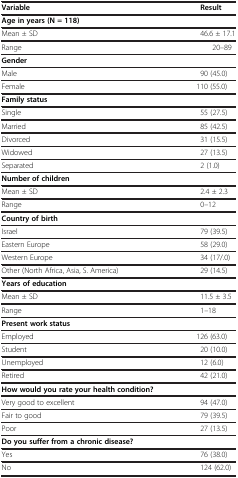
| Variable | Result |
 | --- | --- |
 | <COLSPAN=2> Age in years (N = 118) |
 | Mean ± SD | 46.6 ± 17.1 |
 | Range | 20–89 |
 | <COLSPAN=2> Gender |
 | Male | 90 (45.0) |
 | Female | 110 (55.0) |
 | <COLSPAN=2> Family status |
 | Single | 55 (27.5) |
 | Married | 85 (42.5) |
 | Divorced | 31 (15.5) |
 | Widowed | 27 (13.5) |
 | Separated | 2 (1.0) |
 | <COLSPAN=2> Number of children |
 | Mean ± SD | 2.4 ± 2.3 |
 | Range | 0–12 |
 | <COLSPAN=2> Country of birth |
 | Israel | 79 (39.5) |
 | Eastern Europe | 58 (29.0) |
 | Western Europe | 34 (17/.0) |
 | Other (North Africa, Asia, S. America) | 29 (14.5) |
 | <COLSPAN=2> Years of education |
 | Mean ± SD | 11.5 ± 3.5 |
 | Range | 1–18 |
 | <COLSPAN=2> Present work status |
 | Employed | 126 (63.0) |
 | Student | 20 (10.0) |
 | Unemployed | 12 (6.0) |
 | Retired | 42 (21.0) |
 | <COLSPAN=2> How would you rate your health condition? |
 | Very good to excellent | 94 (47.0) |
 | Fair to good | 79 (39.5) |
 | Poor | 27 (13.5) |
 | <COLSPAN=2> Do you suffer from a chronic disease? |
 | Yes | 76 (38.0) |
 | No | 124 (62.0) |